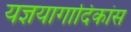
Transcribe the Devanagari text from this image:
यज्ञयागादिकांस